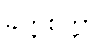
ခိတ္တစိတ္တာ